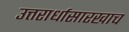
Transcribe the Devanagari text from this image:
उत्तरार्धासारखाच